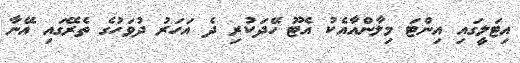
އިޓަލީގައި އިންޓަ މިލާންއާއެކު އެޓޫ ހޭދަކުރި ދެ އަަހަރު ދުވަހުގެ ތެރޭގައި އޭނާ